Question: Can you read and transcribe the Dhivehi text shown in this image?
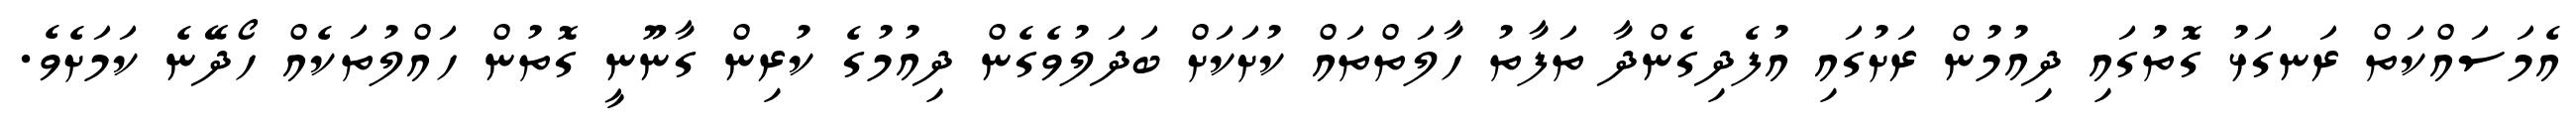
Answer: އެމަސައްކަތް ރަނގަޅު ގޮތުގައި ދިއުމުން ރަށުގައި އުފެދިގެންދާ ތަފާތު ހާލަތްތައް ކުށަކަށް ބަދަލުވެގެން ދިއުމުގެ ކުރިން ގާނޫނީ ގޮތުން ހައްލުތަކެއް ހޯދޭނެ ކަމަށެވެ.